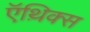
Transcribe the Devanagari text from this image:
ऍथ़िक्स